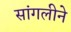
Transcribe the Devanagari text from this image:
सांगलीने